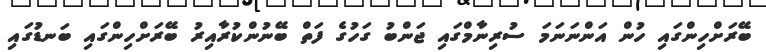
ބޭރަށްހިންގައި ހުން އަންނަނަމަ ސުރިނާމްގައި ޖަންބު ގަހުގެ ފަތް ބޭނުންކުރާއިރު ބޭރަށްހިންގައި ބަނޑުގައި